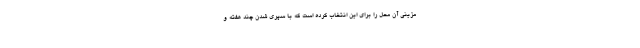
مزینی آن محل را برای این انتخاب کرده است که با سپری شدن چند هفته و